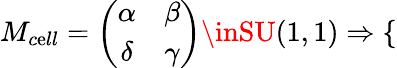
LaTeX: M_{c\mathrm{e}ll}=\left({\begin{array}{cc}{\alpha}&{\beta}\\ {\delta}&{\gamma}\end{array}}\right)\inSU(1,1)\Rightarrow\left\{ \begin{array}{ll}\end{array}\right.